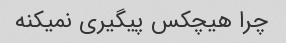
چرا هیچکس پیگیری نمیکنه